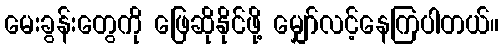
မေးခွန်းတွေကို ဖြေဆိုနိုင်ဖို့ မျှော်လင့်နေကြပါတယ်။